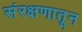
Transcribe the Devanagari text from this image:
संरक्षणातून